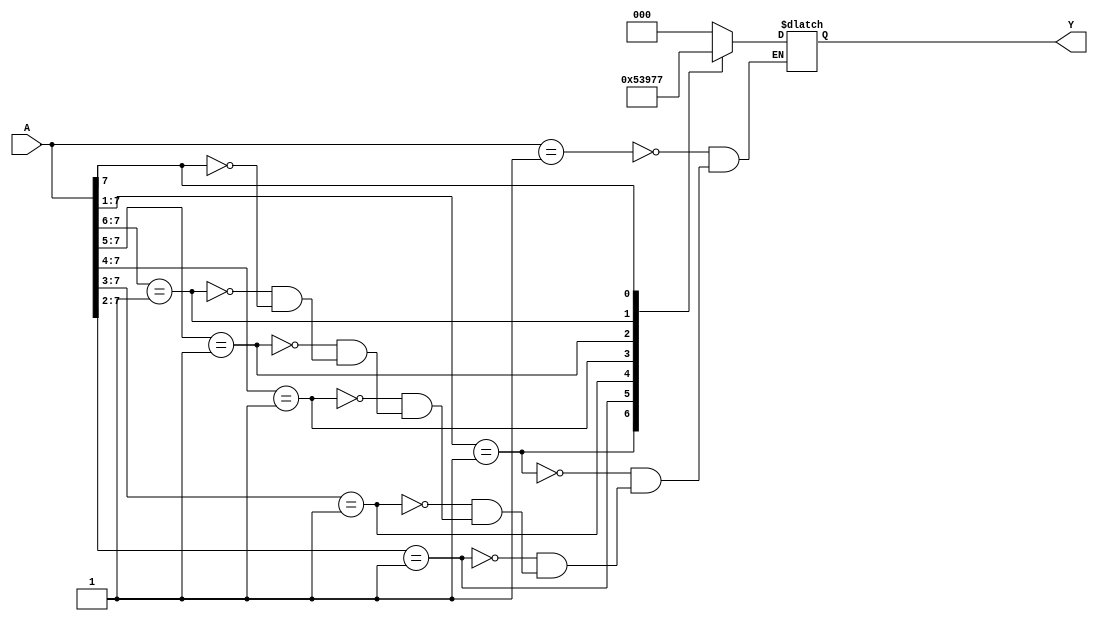
module priorityencoder(A, Y);
  input [7:0] A;
  output reg [2:0] Y;

  always @(*) begin
    casex(A)
      8'b00000001: Y = 3'b000;
      8'b0000001?: Y = 3'b001;
      8'b000001??: Y = 3'b010;
      8'b00001???: Y = 3'b011;
      8'b0001????: Y = 3'b100;
      8'b001?????: Y = 3'b101;
      8'b01??????: Y = 3'b110;
      8'b1???????: Y = 3'b111;
    endcase
  end

endmodule